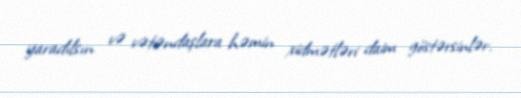
yaradılsın və vətəndaşlara həmin xidmətləri daim göstərsinlər.